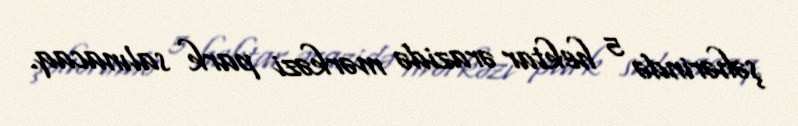
şəhərində 5 hektar ərazidə mərkəzi park salınacaq.